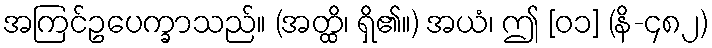
အကြင်ဥပေက္ခာသည်။ (အတ္ထိ၊ ရှိ၏။) အယံ၊ ဤ [၀၁] (နိ-၄၈၂)